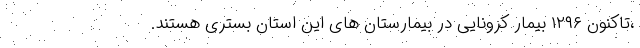
،تاکنون ۱۲۹۶ بیمار کرونایی در بیمارستان های این استان بستری هستند.